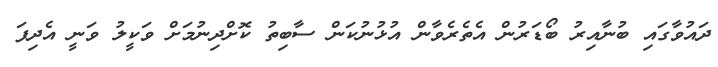
ދައުވާގައި ބުނާއިރު ބޯޑަރުން އެތެރެވާން އުޅުނުކަން ސާބިތު ކޮށްދިނުމަށް ވަކީލު ވަނީ އެދިފަ